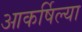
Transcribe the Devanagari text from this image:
आकर्षिल्या